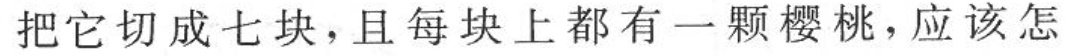
把它切成七块，且每块上都有一颗樱桃，应该怎